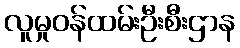
လူမှုဝန်ထမ်းဦးစီးဌာန